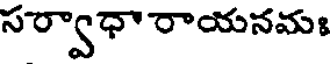
సర్వాధా రాయనమః